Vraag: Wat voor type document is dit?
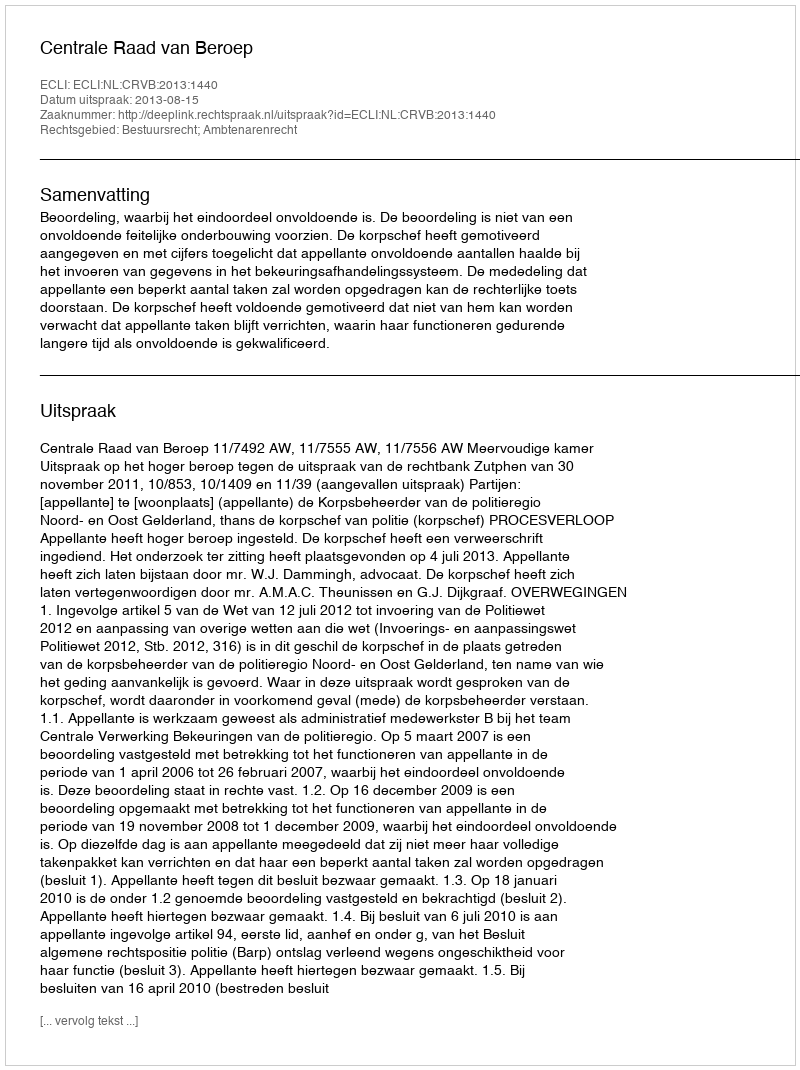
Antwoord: Uitspraak